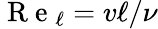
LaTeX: \mathrm{~R~e~}_{\ell}=v\ell/\nu